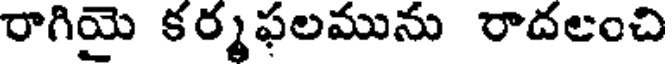
రాగియై కర్మఫలమును రాదలంచి